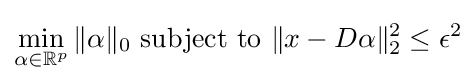
\min _{\alpha \in \mathbb {R} ^{p}}\|\alpha \|_{0}{\text{ subject to }}\|x-D\alpha \|_{2}^{2}\leq \epsilon ^{2}